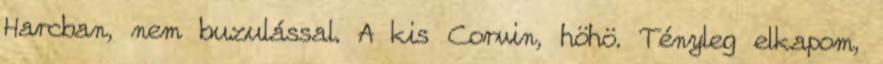
Harcban, nem buzulással. A kis Corvin, höhö. Tényleg elkapom,